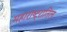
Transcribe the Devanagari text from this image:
महाराष्ट्रातिल